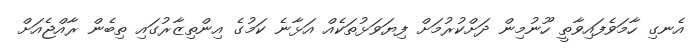
އެނގި ހާމަވެފައިވާތީ ހޫނުމިން ދަށްކުރުމަށް ފިޔަވަޅުތަކެއް އަޅާނެ ކަމުގެ އިންތިޒާރުގައި ތިބެން ރާއްޖެއަށް